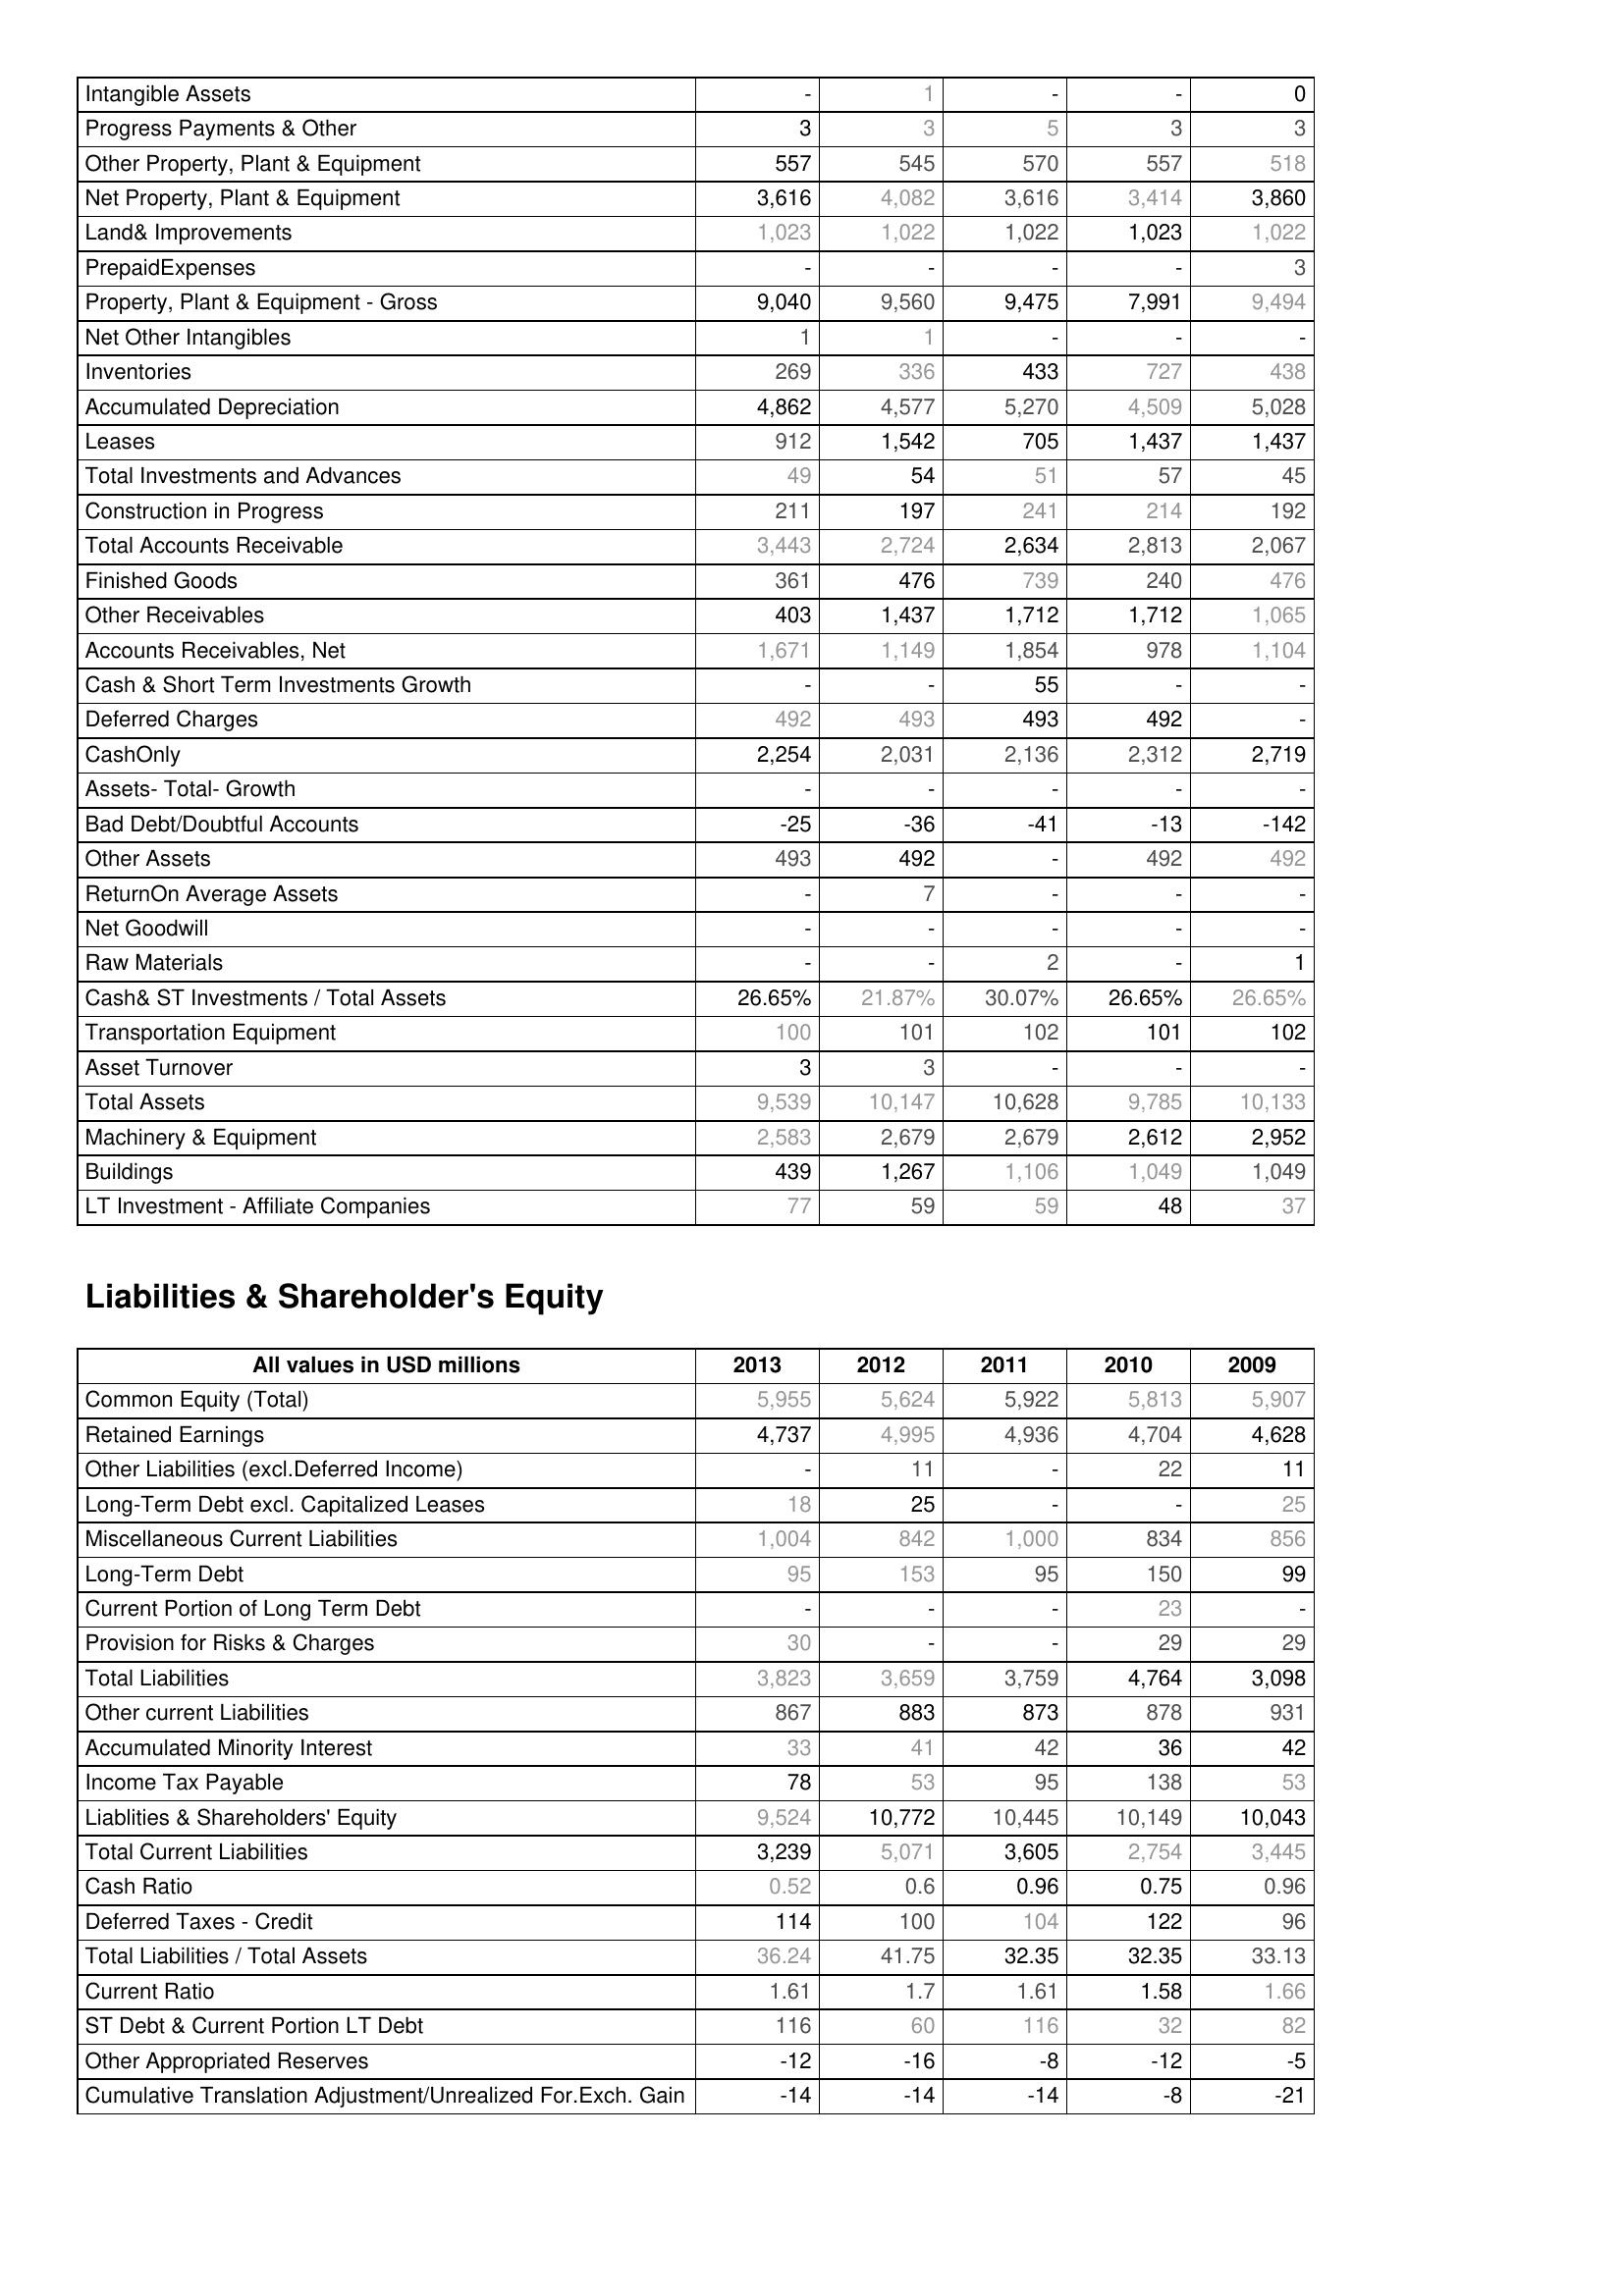
2013: Assets: Intangible Assets: -
Progress Payments & Other: 3
Other Property, Plant & Equipment: 557
Net Property, Plant & Equipment: 3,616
Land& Improvements: 1,023
PrepaidExpenses: -
Property, Plant & Equipment - Gross : 9,040
Net Other Intangibles: 1
Inventories: 269
Accumulated Depreciation: 4,862
Leases: 912
Total Investments and Advances: 49
Construction in Progress: 211
Total Accounts Receivable: 3,443
Finished Goods: 361
Other Receivables: 403
Accounts Receivables, Net: 1,671
Cash & Short Term Investments Growth: -
Deferred Charges: 492
CashOnly: 2,254
Assets- Total- Growth: -
Bad Debt/Doubtful Accounts: -25
Other Assets: 493
ReturnOn Average Assets: -
Net Goodwill: -
Raw Materials: -
Cash& ST Investments / Total Assets: 26.65%
Transportation Equipment: 100
Asset Turnover: 3
Total Assets: 9,539
Machinery & Equipment: 2,583
Buildings: 439
LT Investment - Affiliate Companies: 77
Liabilities & Shareholder's Equity: Common Equity (Total): 5,955
Retained Earnings: 4,737
Other Liabilities (excl.Deferred Income): -
Long-Term Debt excl. Capitalized Leases: 18
Miscellaneous Current Liabilities: 1,004
Long-Term Debt: 95
Current Portion of Long Term Debt: -
Provision for Risks & Charges: 30
Total Liabilities: 3,823
Other current Liabilities: 867
Accumulated Minority Interest: 33
Income Tax Payable: 78
Liablities & Shareholders' Equity: 9,524
Total Current Liabilities: 3,239
Cash Ratio: 0.52
Deferred Taxes - Credit: 114
Total Liabilities / Total Assets: 36.24
Current Ratio: 1.61
ST Debt & Current Portion LT Debt: 116
Other Appropriated Reserves: -12
Cumulative Translation Adjustment/Unrealized For.Exch. Gain: -14
2012: Assets: Intangible Assets: 1
Progress Payments & Other: 3
Other Property, Plant & Equipment: 545
Net Property, Plant & Equipment: 4,082
Land& Improvements: 1,022
PrepaidExpenses: -
Property, Plant & Equipment - Gross : 9,560
Net Other Intangibles: 1
Inventories: 336
Accumulated Depreciation: 4,577
Leases: 1,542
Total Investments and Advances: 54
Construction in Progress: 197
Total Accounts Receivable: 2,724
Finished Goods: 476
Other Receivables: 1,437
Accounts Receivables, Net: 1,149
Cash & Short Term Investments Growth: -
Deferred Charges: 493
CashOnly: 2,031
Assets- Total- Growth: -
Bad Debt/Doubtful Accounts: -36
Other Assets: 492
ReturnOn Average Assets: 7
Net Goodwill: -
Raw Materials: -
Cash& ST Investments / Total Assets: 21.87%
Transportation Equipment: 101
Asset Turnover: 3
Total Assets: 10,147
Machinery & Equipment: 2,679
Buildings: 1,267
LT Investment - Affiliate Companies: 59
Liabilities & Shareholder's Equity: Common Equity (Total): 5,624
Retained Earnings: 4,995
Other Liabilities (excl.Deferred Income): 11
Long-Term Debt excl. Capitalized Leases: 25
Miscellaneous Current Liabilities: 842
Long-Term Debt: 153
Current Portion of Long Term Debt: -
Provision for Risks & Charges: -
Total Liabilities: 3,659
Other current Liabilities: 883
Accumulated Minority Interest: 41
Income Tax Payable: 53
Liablities & Shareholders' Equity: 10,772
Total Current Liabilities: 5,071
Cash Ratio: 0.6
Deferred Taxes - Credit: 100
Total Liabilities / Total Assets: 41.75
Current Ratio: 1.7
ST Debt & Current Portion LT Debt: 60
Other Appropriated Reserves: -16
Cumulative Translation Adjustment/Unrealized For.Exch. Gain: -14
2011: Assets: Intangible Assets: -
Progress Payments & Other: 5
Other Property, Plant & Equipment: 570
Net Property, Plant & Equipment: 3,616
Land& Improvements: 1,022
PrepaidExpenses: -
Property, Plant & Equipment - Gross : 9,475
Net Other Intangibles: -
Inventories: 433
Accumulated Depreciation: 5,270
Leases: 705
Total Investments and Advances: 51
Construction in Progress: 241
Total Accounts Receivable: 2,634
Finished Goods: 739
Other Receivables: 1,712
Accounts Receivables, Net: 1,854
Cash & Short Term Investments Growth: 55
Deferred Charges: 493
CashOnly: 2,136
Assets- Total- Growth: -
Bad Debt/Doubtful Accounts: -41
Other Assets: -
ReturnOn Average Assets: -
Net Goodwill: -
Raw Materials: 2
Cash& ST Investments / Total Assets: 30.07%
Transportation Equipment: 102
Asset Turnover: -
Total Assets: 10,628
Machinery & Equipment: 2,679
Buildings: 1,106
LT Investment - Affiliate Companies: 59
Liabilities & Shareholder's Equity: Common Equity (Total): 5,922
Retained Earnings: 4,936
Other Liabilities (excl.Deferred Income): -
Long-Term Debt excl. Capitalized Leases: -
Miscellaneous Current Liabilities: 1,000
Long-Term Debt: 95
Current Portion of Long Term Debt: -
Provision for Risks & Charges: -
Total Liabilities: 3,759
Other current Liabilities: 873
Accumulated Minority Interest: 42
Income Tax Payable: 95
Liablities & Shareholders' Equity: 10,445
Total Current Liabilities: 3,605
Cash Ratio: 0.96
Deferred Taxes - Credit: 104
Total Liabilities / Total Assets: 32.35
Current Ratio: 1.61
ST Debt & Current Portion LT Debt: 116
Other Appropriated Reserves: -8
Cumulative Translation Adjustment/Unrealized For.Exch. Gain: -14
2010: Assets: Intangible Assets: -
Progress Payments & Other: 3
Other Property, Plant & Equipment: 557
Net Property, Plant & Equipment: 3,414
Land& Improvements: 1,023
PrepaidExpenses: -
Property, Plant & Equipment - Gross : 7,991
Net Other Intangibles: -
Inventories: 727
Accumulated Depreciation: 4,509
Leases: 1,437
Total Investments and Advances: 57
Construction in Progress: 214
Total Accounts Receivable: 2,813
Finished Goods: 240
Other Receivables: 1,712
Accounts Receivables, Net: 978
Cash & Short Term Investments Growth: -
Deferred Charges: 492
CashOnly: 2,312
Assets- Total- Growth: -
Bad Debt/Doubtful Accounts: -13
Other Assets: 492
ReturnOn Average Assets: -
Net Goodwill: -
Raw Materials: -
Cash& ST Investments / Total Assets: 26.65%
Transportation Equipment: 101
Asset Turnover: -
Total Assets: 9,785
Machinery & Equipment: 2,612
Buildings: 1,049
LT Investment - Affiliate Companies: 48
Liabilities & Shareholder's Equity: Common Equity (Total): 5,813
Retained Earnings: 4,704
Other Liabilities (excl.Deferred Income): 22
Long-Term Debt excl. Capitalized Leases: -
Miscellaneous Current Liabilities: 834
Long-Term Debt: 150
Current Portion of Long Term Debt: 23
Provision for Risks & Charges: 29
Total Liabilities: 4,764
Other current Liabilities: 878
Accumulated Minority Interest: 36
Income Tax Payable: 138
Liablities & Shareholders' Equity: 10,149
Total Current Liabilities: 2,754
Cash Ratio: 0.75
Deferred Taxes - Credit: 122
Total Liabilities / Total Assets: 32.35
Current Ratio: 1.58
ST Debt & Current Portion LT Debt: 32
Other Appropriated Reserves: -12
Cumulative Translation Adjustment/Unrealized For.Exch. Gain: -8
2009: Assets: Intangible Assets: 0
Progress Payments & Other: 3
Other Property, Plant & Equipment: 518
Net Property, Plant & Equipment: 3,860
Land& Improvements: 1,022
PrepaidExpenses: 3
Property, Plant & Equipment - Gross : 9,494
Net Other Intangibles: -
Inventories: 438
Accumulated Depreciation: 5,028
Leases: 1,437
Total Investments and Advances: 45
Construction in Progress: 192
Total Accounts Receivable: 2,067
Finished Goods: 476
Other Receivables: 1,065
Accounts Receivables, Net: 1,104
Cash & Short Term Investments Growth: -
Deferred Charges: -
CashOnly: 2,719
Assets- Total- Growth: -
Bad Debt/Doubtful Accounts: -142
Other Assets: 492
ReturnOn Average Assets: -
Net Goodwill: -
Raw Materials: 1
Cash& ST Investments / Total Assets: 26.65%
Transportation Equipment: 102
Asset Turnover: -
Total Assets: 10,133
Machinery & Equipment: 2,952
Buildings: 1,049
LT Investment - Affiliate Companies: 37
Liabilities & Shareholder's Equity: Common Equity (Total): 5,907
Retained Earnings: 4,628
Other Liabilities (excl.Deferred Income): 11
Long-Term Debt excl. Capitalized Leases: 25
Miscellaneous Current Liabilities: 856
Long-Term Debt: 99
Current Portion of Long Term Debt: -
Provision for Risks & Charges: 29
Total Liabilities: 3,098
Other current Liabilities: 931
Accumulated Minority Interest: 42
Income Tax Payable: 53
Liablities & Shareholders' Equity: 10,043
Total Current Liabilities: 3,445
Cash Ratio: 0.96
Deferred Taxes - Credit: 96
Total Liabilities / Total Assets: 33.13
Current Ratio: 1.66
ST Debt & Current Portion LT Debt: 82
Other Appropriated Reserves: -5
Cumulative Translation Adjustment/Unrealized For.Exch. Gain: -21